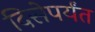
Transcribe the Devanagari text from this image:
दिसेपर्यंत